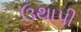
ઉથાપી